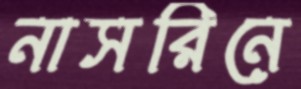
নাসরিনে